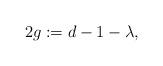
LaTeX: \begin{align*} 2g := d-1-\lambda,\end{align*}